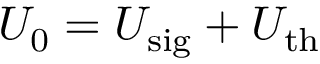
U _ { 0 } = U _ { \mathrm { s i g } } + U _ { \mathrm { t h } }